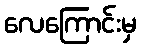
လေကြောင်းမှ